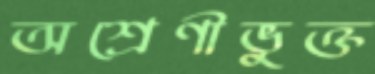
অশ্রেণীভুক্ত